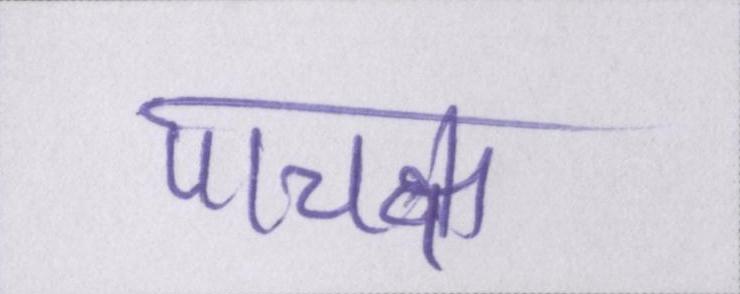
पाचक